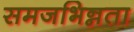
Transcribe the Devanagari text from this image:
समजभिन्नता